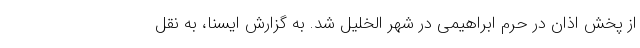
از پخش اذان در حرم ابراهیمی در شهر الخلیل شد. به گزارش ایسنا، به نقل